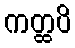
ကတ္ထပိ